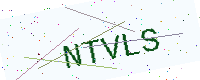
Text: NTVLS